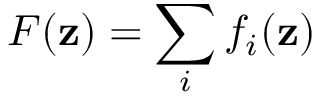
F ( \mathbf { z } ) = \sum _ { i } f _ { i } ( \mathbf { z } )